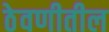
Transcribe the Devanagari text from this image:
ठेवणीतील